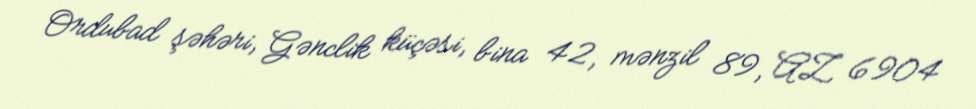
Ordubad şəhəri, Gənclik küçəsi, bina 42, mənzil 89, AZ 6904